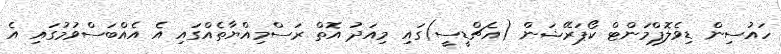
ހައުސިން ޑިވެލޮޕްމަންޓް ކޯޕަރޭޝަން (އެޗްޑީސީ)ގައި މިއަދު އޮތް ރަސްމިއްޔާތެއްގައި އެ އެއްބަސްވުމުގައި އެ